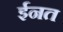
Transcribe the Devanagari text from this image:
ईनत